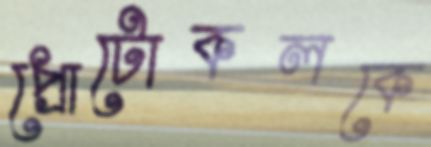
প্রোটোকলকে